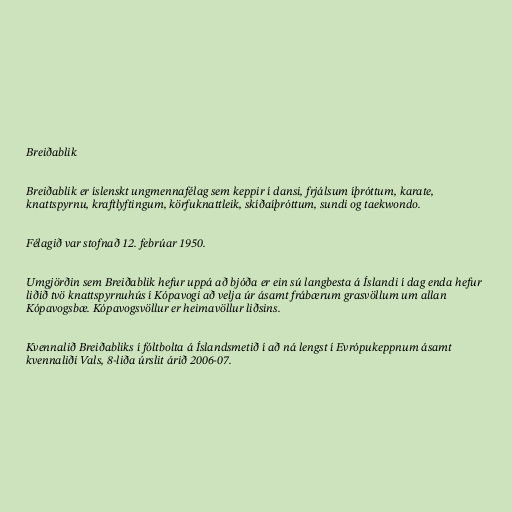
Breiðablik

Breiðablik er íslenskt ungmennafélag sem keppir í dansi, frjálsum íþróttum, karate,
knattspyrnu, kraftlyftingum, körfuknattleik, skíðaíþróttum, sundi og taekwondo.

Félagið var stofnað 12. febrúar 1950.

Umgjörðin sem Breiðablik hefur uppá að bjóða er ein sú langbesta á Íslandi í dag enda hefur
liðið tvö knattspyrnuhús í Kópavogi að velja úr ásamt frábærum grasvöllum um allan
Kópavogsbæ. Kópavogsvöllur er heimavöllur liðsins.

Kvennalið Breiðabliks í fóltbolta á Íslandsmetið í að ná lengst í Evrópukeppnum ásamt
kvennaliði Vals, 8-liða úrslit árið 2006-07.